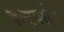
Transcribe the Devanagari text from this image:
डायवर्सन